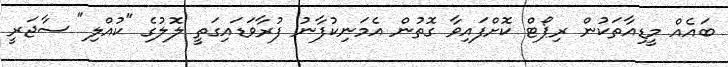
ބައެއް މީޑިއާތަކުން ރިޕޯޓް ކޮށްފައިވާ ގޮތުން އެމަނިކުފާނު ފުރާވަޑައިގަތީ ލޮލުގެ "ކުއްލި" ސާޖަރީ